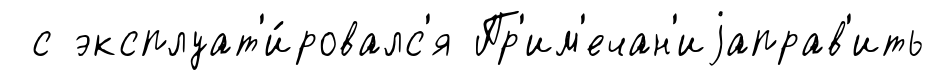
с эксплуат'и́ровалс'я Пр'им'ечан'иjаправ'ить